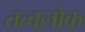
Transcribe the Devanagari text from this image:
तत्वलोक